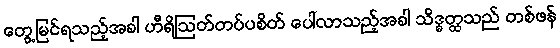
တွေ့မြင်ရသည့်အခါ ဟီရိဩတ်တပ်ပစိတ် ပေါ်လာသည့်အခါ သိဒ္ဓတ္ထသည် တစ်ဖန်